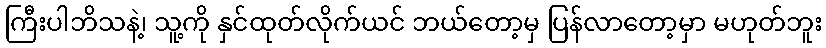
ကြီးပါဘိသနဲ့၊ သူ့ကို နှင်ထုတ်လိုက်ယင် ဘယ်တော့မှ ပြန်လာတော့မှာ မဟုတ်ဘူး